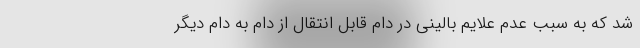
شد که به سبب عدم علایم بالینی در دام قابل انتقال از دام به دام دیگر